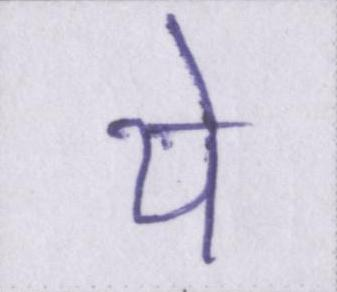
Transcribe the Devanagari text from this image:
ये